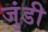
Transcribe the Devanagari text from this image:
जुंडी